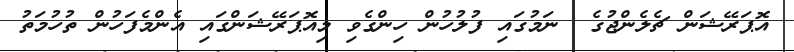
އޮޕަރޭޝަން ޗެލެންޖުގެ  ނަމުގައި ފުލުހުން ހިންގެވި މިއޮޕަރޭޝަންގައި އެންމެފަހުން ތުހުމަތު